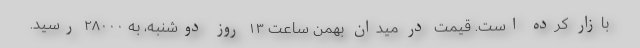
بازار کرده است. قیمت در میدان بهمن ساعت ۱۳ روز دوشنبه، به ۲۸۰۰۰ رسید.